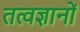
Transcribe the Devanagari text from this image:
तत्वज्ञानों